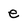
Character: e